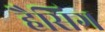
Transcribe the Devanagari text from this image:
हैसिग